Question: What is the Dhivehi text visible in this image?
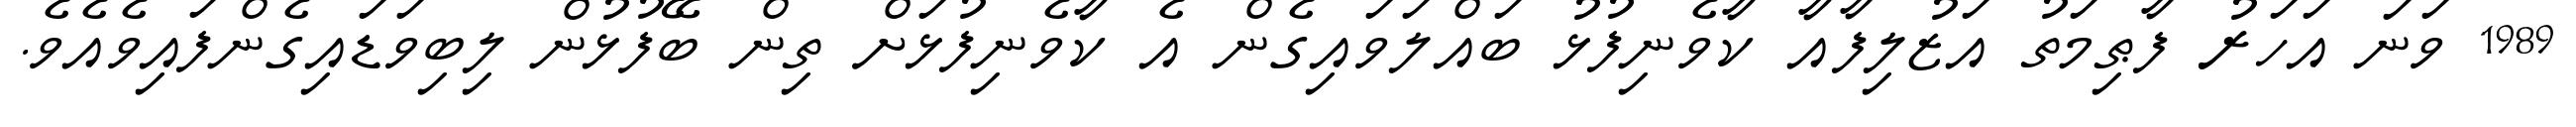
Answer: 1989 ވަނަ އަހަރު ފާޠިމަތު އަޒުލިފާއާ ކާވެނިފުޅު ބައްލަވައިގެން އެ ކާވެނިފުޅަށް ތިން ބޭފުޅުން ލިބިވަޑައިގެންފައިވެއެވެ.